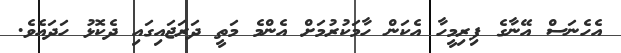
އެހެނަސް އޭނާގެ ފިރިމީހާ އެކަން ހާމަކުރުމަށް އެންމެ މަތީ ދަރަޖައިގައި ދެކޮޅު ހަދައެވެ.